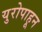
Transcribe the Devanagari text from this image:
युरोपाहून